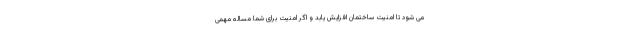
می شود تا امنیت ساختمان افزایش یابد و اگر امنیت برای شما مساله مهمی